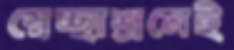
স্বেচ্ছাশ্রমেই